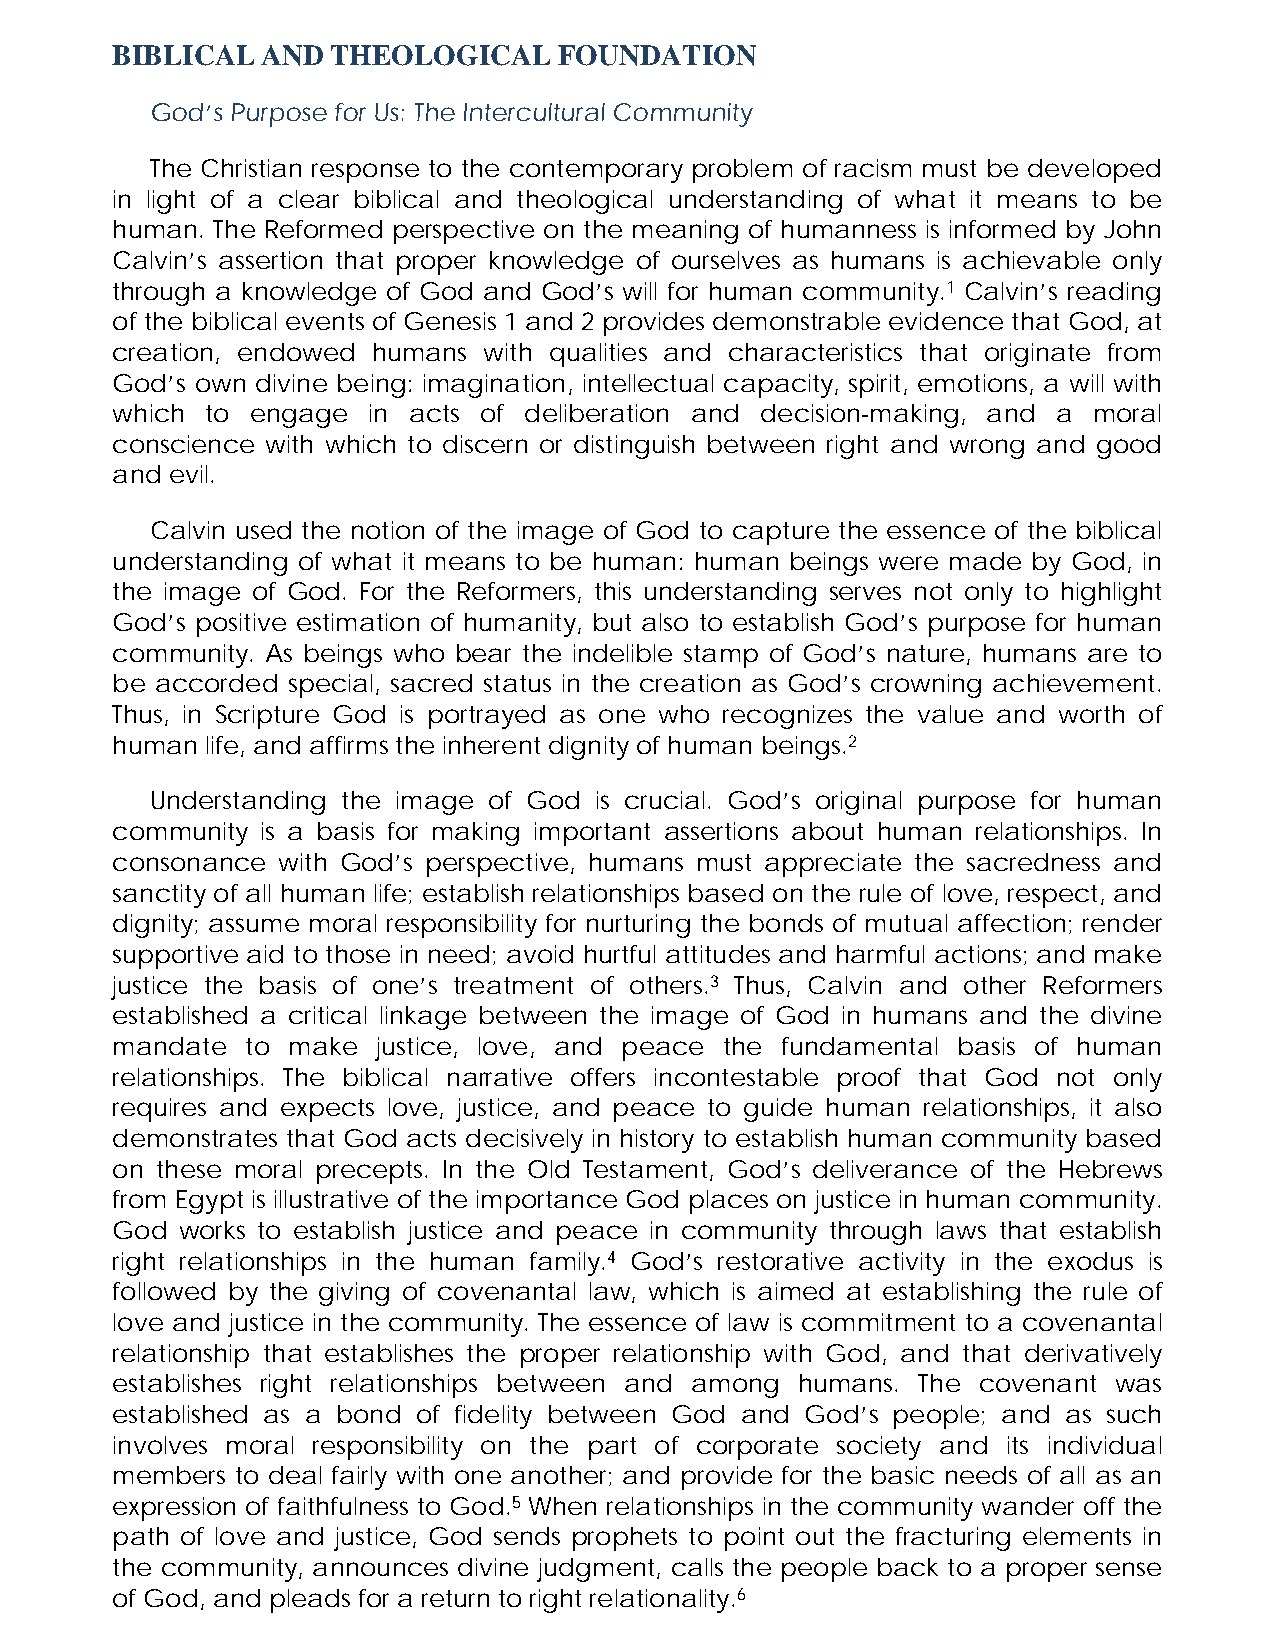
BIBLICAL  AND  THEOLOGICAL    FOUNDATION
 God’s Purpose for Us: The Intercultural Community
 The Christian response to the contemporary problem of racism must be developed
 in light of a clear biblical and theological understanding of what it means to be
 human. The Reformed perspective on the meaning of humanness is informed by John
 Calvin’s assertion that proper knowledge of ourselves as humans is achievable only
 through a knowledge of God and God’s will for human community.1 Calvin’s reading
 of the biblical events of Genesis 1 and 2 provides demonstrable evidence that God, at
 creation, endowed humans with qualities and characteristics that originate from
 God’s own divine being: imagination, intellectual capacity, spirit, emotions, a will with
 which  to engage in acts of deliberation and decision-making, and a moral
 conscience with which to discern or distinguish between right and wrong and good
 and evil.
 Calvin used the notion of the image of God to capture the essence of the biblical
 understanding of what it means to be human: human beings were made by God, in
 the image of God. For the Reformers, this understanding serves not only to highlight
 God’s positive estimation of humanity, but also to establish God’s purpose for human
 community. As beings who bear the indelible stamp of God’s nature, humans are to
 be accorded special, sacred status in the creation as God’s crowning achievement.
 Thus, in Scripture God is portrayed as one who recognizes the value and worth of
 human  life, and affirms the inherent dignity of human beings.2
 Understanding the image of God is crucial. God’s original purpose for human
 community is a basis for making important assertions about human relationships. In
 consonance with God’s perspective, humans must appreciate the sacredness and
 sanctity of all human life; establish relationships based on the rule of love, respect, and
 dignity; assume moral responsibility for nurturing the bonds of mutual affection; render
 supportive aid to those in need; avoid hurtful attitudes and harmful actions; and make
 justice the basis of one’s treatment of others.3 Thus, Calvin and other Reformers
 established a critical linkage between the image of God in humans and the divine
 mandate  to make  justice, love, and peace the fundamental basis of human
 relationships. The biblical narrative offers incontestable proof that God not only
 requires and expects love, justice, and peace to guide human relationships, it also
 demonstrates that God acts decisively in history to establish human community based
 on these moral precepts. In the Old Testament, God’s deliverance of the Hebrews
 from Egypt is illustrative of the importance God places on justice in human community.
 God  works to establish justice and peace in community through laws that establish
 right relationships in the human family.4 God’s restorative activity in the exodus is
 followed by the giving of covenantal law, which is aimed at establishing the rule of
 love and justice in the community. The essence of law is commitment to a covenantal
 relationship that establishes the proper relationship with God, and that derivatively
 establishes right relationships between and among humans. The covenant was
 established as a bond of fidelity between God and God’s people; and as such
 involves moral responsibility on the part of corporate society and its individual
 members  to deal fairly with one another; and provide for the basic needs of all as an
 expression of faithfulness to God.5 When relationships in the community wander off the
 path of love and justice, God sends prophets to point out the fracturing elements in
 the community, announces divine judgment, calls the people back to a proper sense
 of God, and pleads for a return to right relationality.6